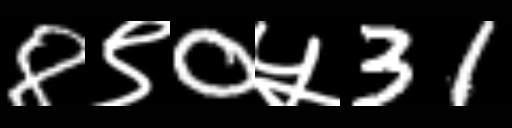
Text: 8९0५31